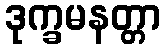
ဒုက္ခမနတ္တာ